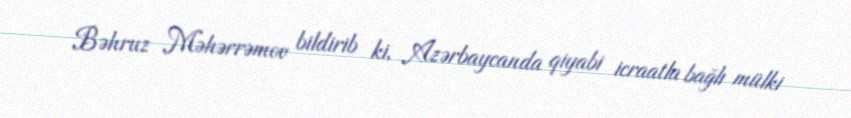
Bəhruz Məhərrəmov bildirib ki, Azərbaycanda qiyabi icraatla bağlı mülki